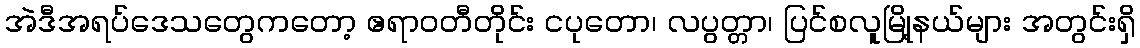
အဲဒီအရပ်ဒေသတွေကတော့ ဧရာဝတီတိုင်း ငပုတော၊ လပွတ္တာ၊ ပြင်စလူမြို့နယ်များ အတွင်းရှိ